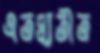
এতদ্ব্যতীত